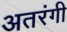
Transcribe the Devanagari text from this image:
अतरंगी